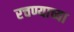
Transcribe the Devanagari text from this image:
रचण्याच्या